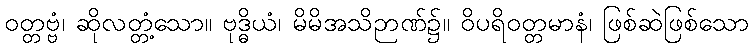
ဝတ္တဗ္ဗံ၊ ဆိုလတ္တံ့သော။ ဗုဒ္ဓိယံ၊ မိမိအသိဉာဏ်၌။ ဝိပရိဝတ္တမာနံ၊ ဖြစ်ဆဲဖြစ်သော